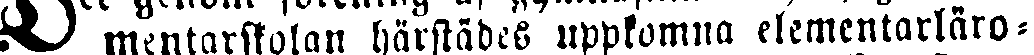
# mentarffolan härstädes uppkomma elementarläro-